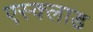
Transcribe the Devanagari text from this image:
एस्क्लाड